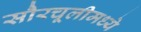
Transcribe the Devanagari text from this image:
सौरचूलीमध्ये